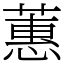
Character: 蕙